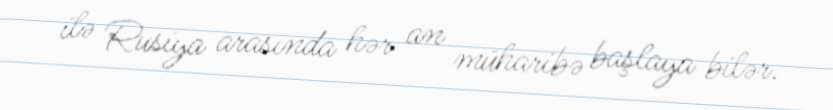
ilə Rusiya arasında hər an müharibə başlaya bilər.